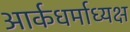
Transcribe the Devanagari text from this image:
आर्कधर्माध्यक्ष